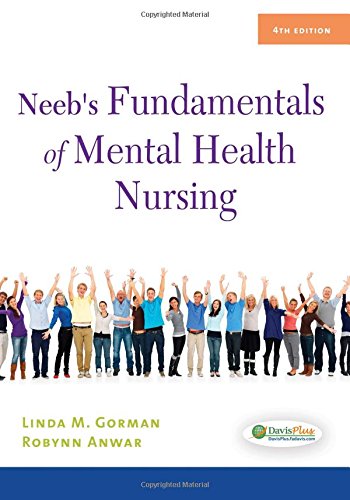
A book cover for Neeb's Fundamentals of Mental Health Nursing; Linda M. Gorman RN  MN  PMHCNS-BC  FPCN; Medical Books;